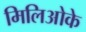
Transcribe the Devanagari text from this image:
मिलिओके